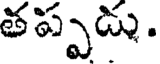
తప్పడు.